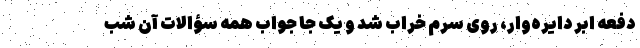
دفعه ابر دایره‌وار، روی سرم خراب شد و یک جا جواب همه سؤالات آن شب